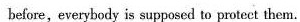
before,everybody is supposed to proteet them.